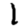
Digit: 1